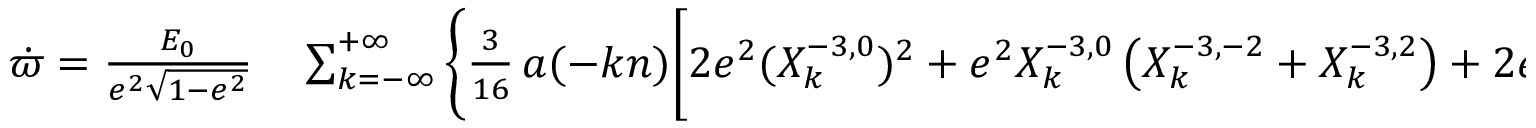
\begin{array} { r l } { \dot { \varpi } = \frac { { \cal E } _ { 0 } } { e ^ { 2 } \sqrt { 1 - e ^ { 2 } } } } & { { } \sum _ { k = - \infty } ^ { + \infty } \Bigg \{ \frac { 3 } { 1 6 } \, a ( - k n ) \bigg [ 2 e ^ { 2 } ( X _ { k } ^ { - 3 , 0 } ) ^ { 2 } + e ^ { 2 } X _ { k } ^ { - 3 , 0 } \left( X _ { k } ^ { - 3 , - 2 } + X _ { k } ^ { - 3 , 2 } \right) + 2 e \, X _ { k } ^ { - 3 , 0 } \left( X _ { k } ^ { - 3 , - 1 } + X _ { k } ^ { - 3 , 1 } \right) \bigg ] } \end{array}